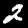
Digit: 2